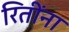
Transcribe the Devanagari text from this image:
रितींना